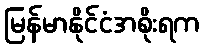
မြန်မာနိုင်ငံအစိုးရက